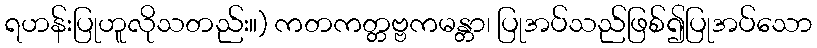
ရဟန်းပြုဟူလိုသတည်း။) ကတကတ္တဗ္ဗကမန္တာ၊ ပြုအပ်သည်ဖြစ်၍ပြုအပ်သော